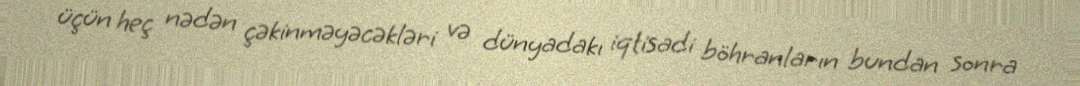
üçün heç nədən çəkinməyəcəkləri və dünyadakı iqtisadi böhranların bundan sonra